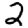
Digit: 2